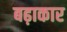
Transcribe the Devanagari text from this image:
बढ़ाकार